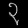
Digit: ၃